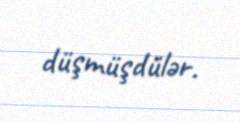
düşmüşdülər.